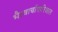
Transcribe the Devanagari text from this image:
भैरवार्चापारिजात